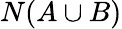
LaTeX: N(A\cup B)